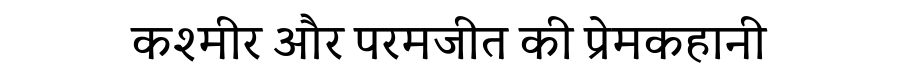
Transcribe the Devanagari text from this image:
कश्मीर और परमजीत की प्रेमकहानी